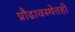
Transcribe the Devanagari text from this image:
प्रौढावस्थेतही